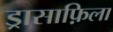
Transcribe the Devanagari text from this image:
ड्रासाफ़िला